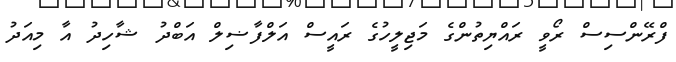
ފްރޭންސިސް ރޯވީ ރައްޔިތުންގެ މަޖިލީހުގެ ރައީސް އަލްފާޟިލް އަބްދު ޝާހިދު އާ މިއަދު